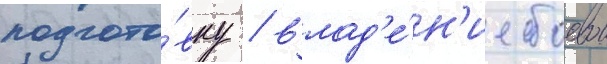
подгото́вку / влад'е́н'ие боевои